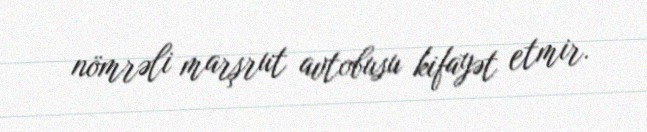
nömrəli marşrut avtobusu kifayət etmir.